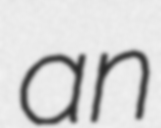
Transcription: an